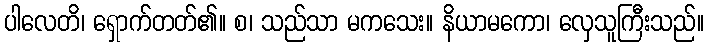
ပါလေတိ၊ ရှောက်တတ်၏။ စ၊ သည်သာ မကသေး။ နိယာမကော၊ လှေသူကြီးသည်။